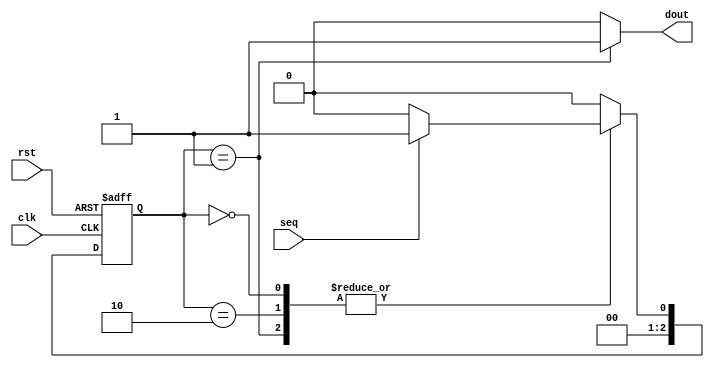
`timescale 1ns / 1ps
//////////////////////////////////////////////////////////////////////////////////
// Company: 
// Engineer: 
// 
// Design Name: 
// Module Name:    FSM5 
// Project Name: 
// Target Devices: 
// Tool versions: 
// Description: 
//
// Dependencies: 
//
// Revision: 
// Revision 0.01 - File Created
// Additional Comments: 
//
//////////////////////////////////////////////////////////////////////////////////

//20L118 HARIHARAN R R
module FSM5(seq,clk,rst,dout);
input clk,rst,seq;
output reg dout;
parameter s0=2'b00;
parameter s1=2'b01;
parameter s2=2'b10;
parameter s3=2'b10;
reg[2:0]current,next;
always @(posedge clk,posedge rst)
begin
if(rst)
current=2'b00;
else
current=next;
end
always @(current,seq)
begin
case(current)
s0:begin
if(seq==2'b00)
next=s0;
else if(seq==2'b01)
next=s1;
else if(seq==2'b10)
next=s2;
else
next=s3;
end
s1:begin
if(seq==2'b00)
next=s0;
else if(seq==2'b01)
next=s1;
else if(seq==2'b10)
next=s2;
else
next=s3;
end
s2:begin
if(seq==2'b00)
next=s0;
else if(seq==2'b01)
next=s1;
else if(seq==2'b10)
next=s2;
else
next=s3;
end
s3:begin
if(seq==2'b00)
next=s2;
else if(seq==2'b01)
next=s1;
else if(seq==2'b10)
next=s0;
else
next=s3;
dout=1'b1;
end
default:next=s0;
endcase
end
always @(current)
begin 
 case(current) 
 s0:   dout = 0;
 s1:   dout = 1;
 s2:  dout = 0;
  s3:  dout = 0;
 default:  dout = 0;
 endcase
end 
endmodule